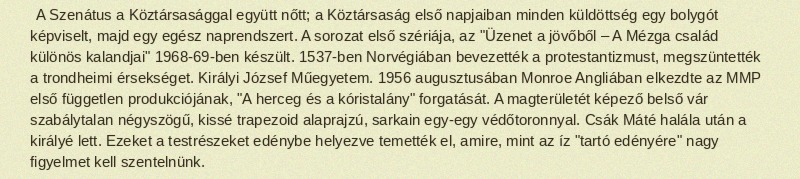
A Szenátus a Köztársasággal együtt nőtt; a Köztársaság első napjaiban minden küldöttség egy bolygót képviselt, majd egy egész naprendszert. A sorozat első szériája, az "Üzenet a jövőből – A Mézga család különös kalandjai" 1968-69-ben készült. 1537-ben Norvégiában bevezették a protestantizmust, megszüntették a trondheimi érsekséget. Királyi József Műegyetem. 1956 augusztusában Monroe Angliában elkezdte az MMP első független produkciójának, "A herceg és a kóristalány" forgatását. A magterületét képező belső vár szabálytalan négyszögű, kissé trapezoid alaprajzú, sarkain egy-egy védőtoronnyal. Csák Máté halála után a királyé lett. Ezeket a testrészeket edénybe helyezve temették el, amire, mint az íz "tartó edényére" nagy figyelmet kell szentelnünk.